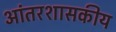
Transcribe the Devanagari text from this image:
आंतरशासकीय